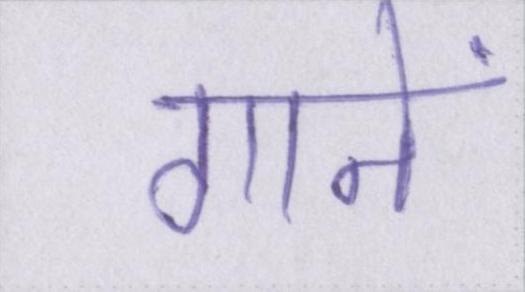
गानें